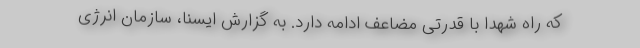
که راه شهدا با قدرتی مضاعف ادامه دارد. به گزارش ایسنا، سازمان انرژی